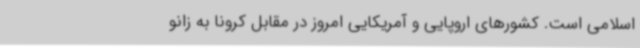
اسلامی است. کشورهای اروپایی و آمریکایی امروز در مقابل کرونا به زانو